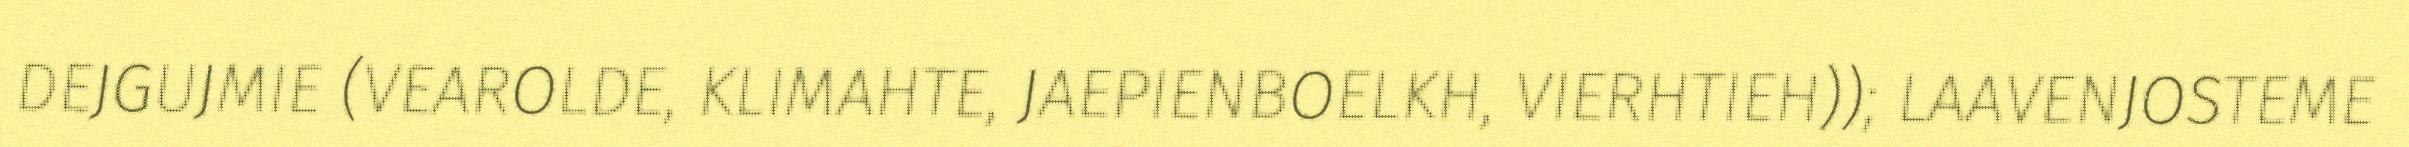
DEJGUJMIE (VEAROLDE, KLIMAHTE, JAEPIENBOELKH, VIERHTIEH)); LAAVENJOSTEME